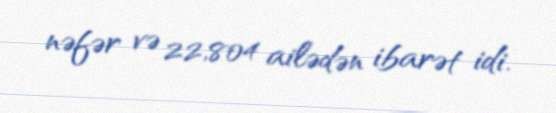
nəfər və 22,804 ailədən ibarət idi.